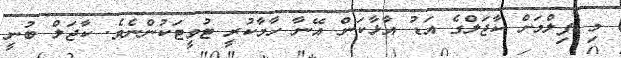
މި ފިލްމަށް ކާޖަލްގެ އަޑު އާޅާކަން އޭނާ ހާމާކުރީ ޓުވީޓަކުންނެވެ. ކާޖަލް ބުނީ